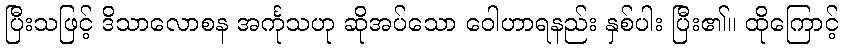
ပြီးသဖြင့် ဒိသာလောစန အင်္ကုသဟု ဆိုအပ်သော ဝေါဟာရနည်း နှစ်ပါး ပြီး၏။ ထိုကြောင့်